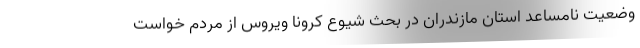
وضعیت نامساعد استان مازندران در بحث شیوع کرونا ویروس از مردم خواست